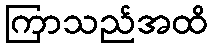
ကြာသည်အထိ